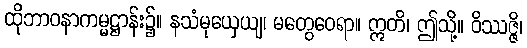
ထိုဘာဝနာကမ္မဋ္ဌာန်း၌။ နသံမုယှေယျ၊ မတွေဝေရာ။ ဣတိ၊ ဤသို့။ ဝိဿဇ္ဇိ၊